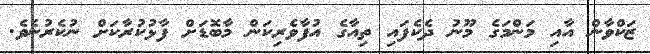
ޒަކްވާން އާއި މަންމަގެ މޫނު ދެކެފައި ތިއާގެ އުފާވެރިކަން މާބޮޑަށް ފާޅުކުރާކަށް ނުކެރުނެވެ.